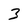
Character: 3